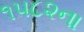
૧૫૮૨ના